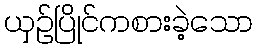
ယှဉ်ပြိုင်ကစားခဲ့သော